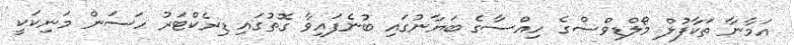
އަމާނާ ތަކާފުލް މޯލްޑިވްސްގެ ހިއްސާގެ ބަޔާނުގައި ބުނެފައިވާ ގޮތުގައި ޑިރެކްޓަރު ހަސަން މަނިކަކީ